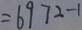
= 6 9 7 2 - 1